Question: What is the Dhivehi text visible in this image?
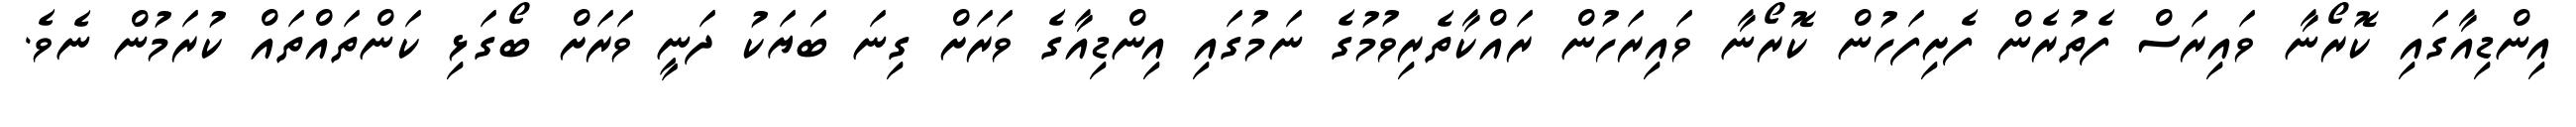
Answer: އިންޑިއާގައި ކޮރޯނާ ވައިރަސް ފެތުރެން ފެށިފަހުން ކޮރޯނާ ވައިރަހުން ރައްކާތެރިވުމުގެ ނަމުގައި އިންޑިއާގެ ވަރަށް ގިނަ ބަޔަކު ދަނީ ވަރަށް ބޯގަޅި ކަންތައްތައް ކުރަމުން ނެވެ.